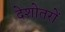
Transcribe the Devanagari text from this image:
देशोतरों